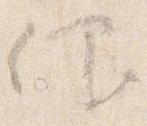
仰